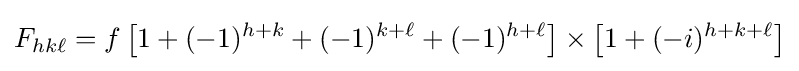
F_{hk\ell }=f\left[1+(-1)^{h+k}+(-1)^{k+\ell }+(-1)^{h+\ell }\right]\times \left[1+(-i)^{h+k+\ell }\right]